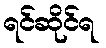
ရင်ဆိုင်ရ